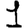
Digit: 1